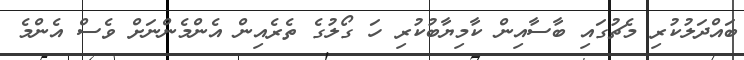
ބައްދަލުކުރި މެޗުގައި ބާސާއިން ކާމިޔާބުކުރި ހަ ގޯލުގެ ތެރެއިން އެންމެންނަށް ވެސް އެންމެ